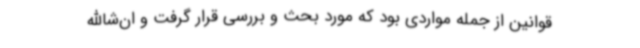
قوانین از جمله مواردی بود که مورد بحث و بررسی قرار گرفت و ان‌شاالله